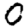
Digit: 0